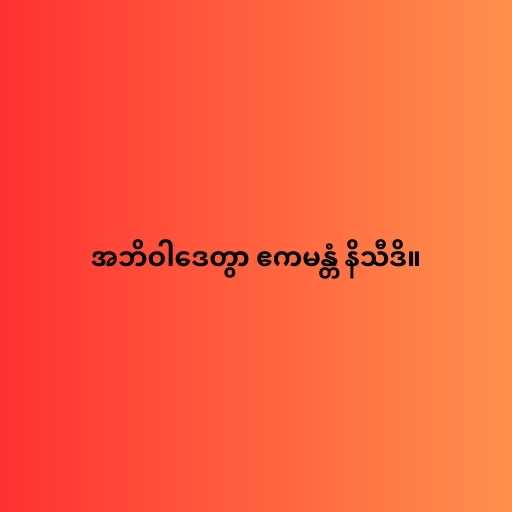
အဘိဝါဒေတွာ ဧကမန္တံ နိသီဒိ။